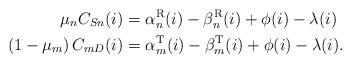
LaTeX: \begin{align*} \mu_n C_{Sn}(i) & = \alpha_n^{\rm R}(i) - \beta_n^{\rm R}(i)+\phi(i)-\lambda(i) \\\left( 1-\mu_m\right)C_{mD}(i) & = \alpha_m^{\rm T}(i) - \beta_m^{\rm T}(i)+\phi(i)-\lambda(i) . \end{align*}